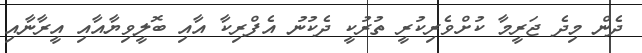
ދެން މިދެ ޖަރީމާ ކުށްވެރިކުރީ ތުރުކީ ދެކުނު އެފްރިކާ އާއި ބޮލީވިޔާއާއި އީރާނާއި